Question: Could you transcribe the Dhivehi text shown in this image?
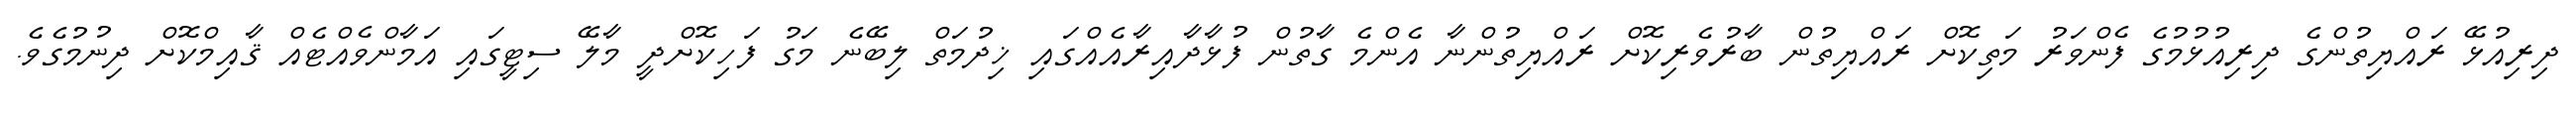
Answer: ދިރިއުޅޭ ރައްޔިތުންގެ ދިރިއުޅުމުގެ ފެންވަރު މަތިކޮށް ރައްޔިތުން ބާރުވެރިކޮށް ރައްޔިތުންނާ އެންމެ ގާތުން ފުޅާދާއިރާއެއްގައި ޚިދުމަތް ލިބޭނެ މަގު ފަހިކޮށްދީ މާލޭ ސިޓީގައި އަމާންވެއްޓެއް ޤާއިމްކޮށް ދިނުމުގެވެ.